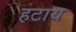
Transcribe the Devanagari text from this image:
हटाय